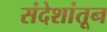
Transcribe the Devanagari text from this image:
संदेशांतून